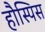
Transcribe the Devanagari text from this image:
हौस्पिस